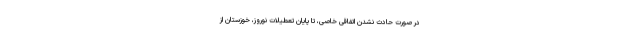
در صورت حادث نشدن اتفاقی خاصی، تا پایان تعطیلات نوروز، خوزستان از